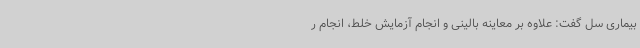
بیماری سل گفت: علاوه بر معاینه بالینی و انجام آزمایش خلط، انجام ر